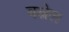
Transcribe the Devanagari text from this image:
बस्नेल